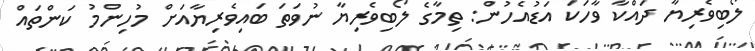
ލޯބިވެރިޔާ ދައްކާ ވާހަކަ އަޑުއެހުން: ތިމާގެ ލޯބިވެރިޔާ ނުވަތަ ބައިވެރިޔާއަށް މުހިންމު ކަންތައް